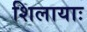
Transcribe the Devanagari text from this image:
शिलायाः